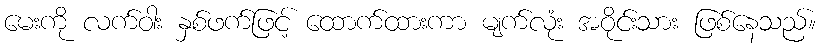
မေးကို လက်ဝါး နှစ်ဖက်ဖြင့် ထောက်ထားကာ မျက်လုံး အဝိုင်းသား ဖြစ်နေသည်။